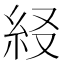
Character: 𥾤